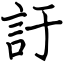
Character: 訏